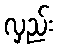
လှည်း